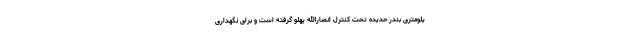
یلومتری بندر حدیده تحت کنترل انصارالله پهلو گرفته است و برای نگهداری